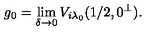
g _ { 0 } = \lim _ { \delta \rightarrow 0 } V _ { i \lambda _ { 0 } } ( 1 / 2 , 0 ^ { \perp } ) .